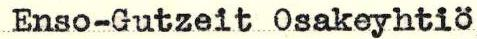
Enso-Gutzeit Osakeyhtiö